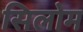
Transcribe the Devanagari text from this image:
सिलोम